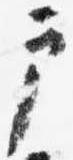
戸